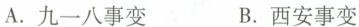
A.九一八事变 B.西安事变